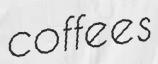
coffees